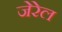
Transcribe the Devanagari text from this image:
जेरेल